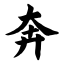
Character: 奔